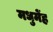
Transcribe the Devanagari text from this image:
मधुमेंह